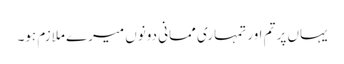
یہاں پر تم اور تمہاری ممانی دونوں میرے ملازم ہو۔